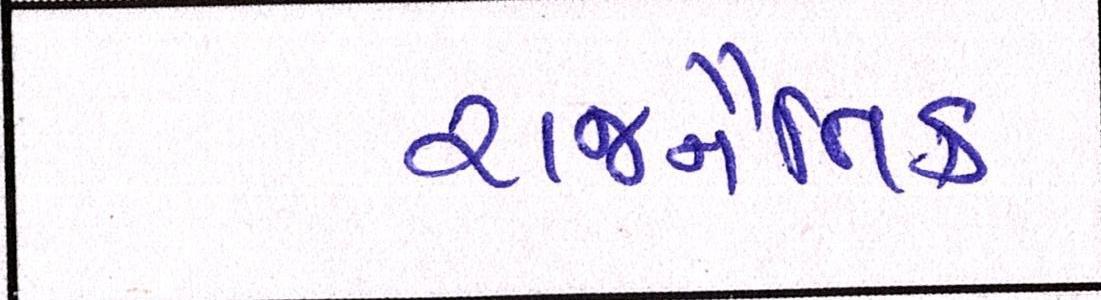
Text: રાજનૈતિક